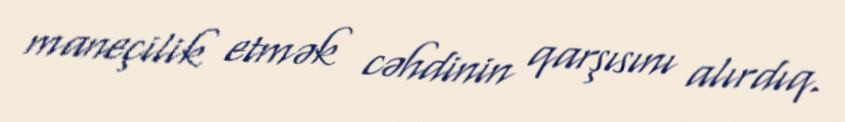
maneçilik etmək cəhdinin qarşısını alırdıq.